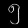
Digit: ၅